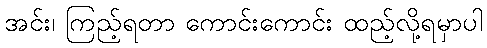
အင်း၊ ကြည့်ရတာ ကောင်းကောင်း ထည့်လို့ရမှာပါ